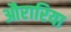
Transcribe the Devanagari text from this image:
औरारिया